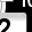
Digit: 2